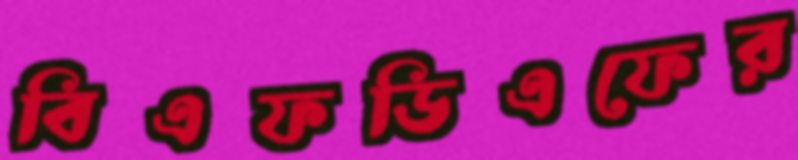
বিএফডিএফের